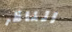
الناظر